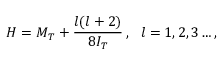
H = M _ { T } + { \frac { l ( l + 2 ) } { 8 I _ { T } } } \, , \, \, \, \, l = 1 , 2 , 3 \dots ,